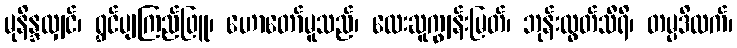
မုနိန္ဒလျှင်၊ ရွှင်ပျကြည်ဖြူ၊ ဟောတော်မူသည်၊ လေးဆူကျွန်းမြတ်၊ ဘုန်းထွတ်သီရိ၊ တမ္ပဒိထက်၊